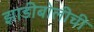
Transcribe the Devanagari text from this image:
झाडीबोलीची